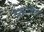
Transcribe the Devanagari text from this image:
देखा।जैसे